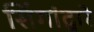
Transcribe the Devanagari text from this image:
सिंगांद्वारे